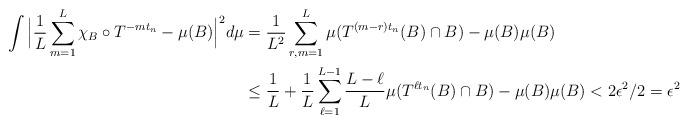
LaTeX: \begin{align*}\int \Big{|}\frac{1}{L} \sum \limits_{m=1}^{L} \chi_{B} \circ T^{-m t_n} - \mu(B)\Big{|}^{2} d\mu&= \frac{1}{L^{2}}\sum \limits_{r,m=1}^{L} \mu(T^{(m-r)t_{n}}(B) \cap B) - \mu(B)\mu(B) \\&\leq \frac{1}{L} + \frac{1}{L} \sum \limits_{\ell=1}^{L-1} \frac{L-\ell}{L} \mu(T^{\ell t_{n}}(B) \cap B) - \mu(B)\mu(B) < 2\epsilon^{2}/2 = \epsilon^{2}\end{align*}